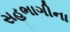
સહભાગીના